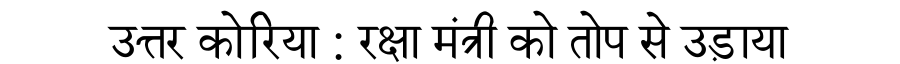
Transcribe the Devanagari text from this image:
उत्तर कोरिया : रक्षा मंत्री को तोप से उड़ाया